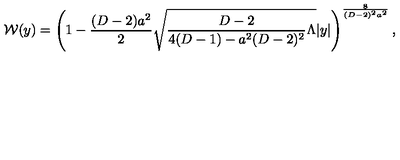
{ \cal W } ( y ) = \left( 1 - { \frac { ( D - 2 ) a ^ { 2 } } { 2 } } \sqrt { { \frac { D - 2 } { 4 ( D - 1 ) - a ^ { 2 } ( D - 2 ) ^ { 2 } } } \Lambda } | y | \right) ^ { \frac { 8 } { ( D - 2 ) ^ { 2 } a ^ { 2 } } } ,